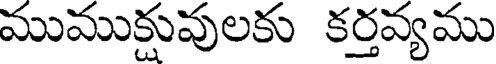
ముముక్షువులకు కర్తవ్యము